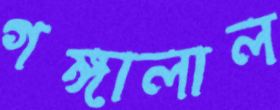
গঙ্গালাল